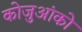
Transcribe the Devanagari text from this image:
कोजुआंको